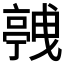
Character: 𬽛